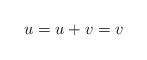
LaTeX: \begin{align*} u=u+v=v\end{align*}